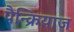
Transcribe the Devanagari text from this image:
पैन्क्रियाज